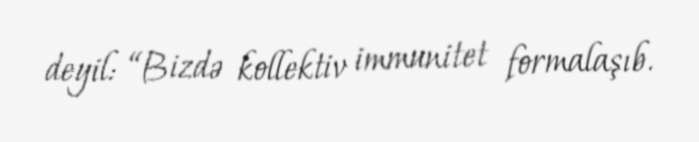
deyil: “Bizdə kollektiv immunitet formalaşıb.